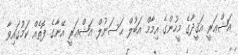
އަޝްޢަރީ އަޤީދާގެ މީހުންގެ އިމާމް އަބުލް ޙަސަނުލް އަޝްޢަރީ އޭނާގެ ފޮތެއް ކަމުގައިވާ